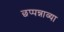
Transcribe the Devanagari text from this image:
छप्पन्नाव्या